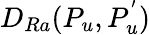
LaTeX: D_{Ra}(P_{u},P_{u}^{'})